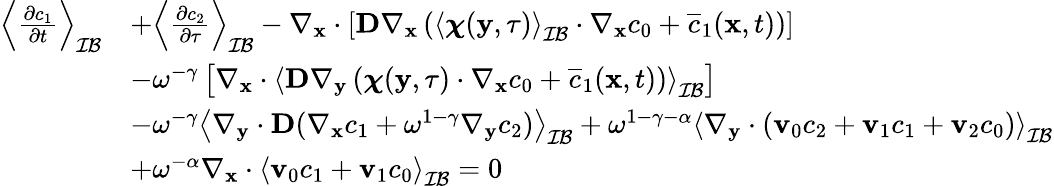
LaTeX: \begin{array}{rl}{\left\langle\frac{\partial c_{1}}{\partial t}\right\rangle_{\mathcal{IB}}}&{+\left\langle\frac{\partial c_{2}}{\partial\tau}\right\rangle_{\mathcal{IB}}-\nabla_{\mathbf x}\cdot\left[\textbf{D}\nabla_{\mathbf x}\left(\left\langle\boldsymbol\chi(\mathbf y,\tau)\right\rangle_{\mathcal{IB}}\cdot\nabla_{\mathbf x}c_{0}+\overline{c}_{1}(\mathbf x,t)\right)\right]}\\ &{-\omega^{-\gamma}\left[\nabla_{\mathbf x}\cdot\left\langle\textbf{D}\nabla_{\mathbf y}\left(\boldsymbol\chi(\mathbf y,\tau)\cdot\nabla_{\mathbf x}c_{0}+\overline{c}_{1}(\mathbf x,t)\right)\right\rangle_{\mathcal{IB}}\right]}\\ &{-\omega^{-\gamma}\left\langle\nabla_{\mathbf y}\cdot\textbf{D}(\nabla_{\mathbf x}c_{1}+\omega^{1-\gamma}\nabla_{\mathbf y}c_{2})\right\rangle_{\mathcal{IB}}+\omega^{1-\gamma-\alpha}\left\langle\nabla_{\mathbf y}\cdot(\mathbf v_{0}c_{2}+\mathbf v_{1}c_{1}+\mathbf v_{2}c_{0})\right\rangle_{\mathcal{IB}}}\\ &{+\omega^{-\alpha}\nabla_{\mathbf x}\cdot\left\langle\mathbf v_{0}c_{1}+\mathbf v_{1}c_{0}\right\rangle_{\mathcal{IB}}=0}\end{array}